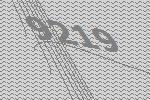
9219